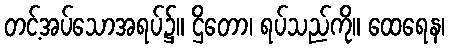
တင့်အပ်သောအရပ်၌။ ဌိတော၊ ရပ်သည်ကို။ ထေရေန၊